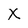
Character: X